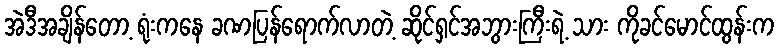
အဲဒီအချိန်တော့ ရုံးကနေ ခဏပြန်ရောက်လာတဲ့ ဆိုင်ရှင်အဘွားကြီးရဲ့ သား ကိုခင်မောင်ထွန်းက